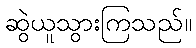
ဆွဲယူသွားကြသည်။